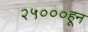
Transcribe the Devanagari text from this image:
२५०००हून